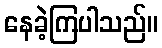
နေခဲ့ကြပါသည်။